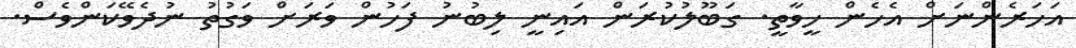
އަހަރެންނަށް އެހެން ހީވާތީ. ގަބޫލުކުރަން އައިނީ ލިބުނު ފަހުން ވަރަށް ވަގުތު ނުދެވޭކަންވެސް.